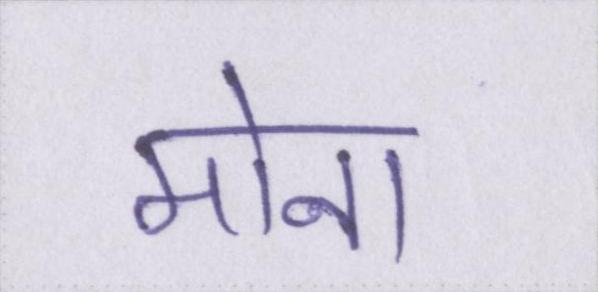
मोना